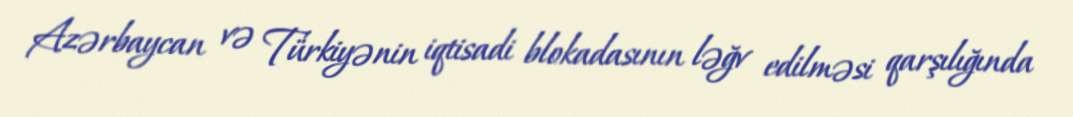
Azərbaycan və Türkiyənin iqtisadi blokadasının ləğv edilməsi qarşılığında